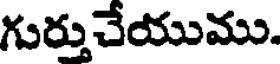
గుర్తుచేయుము.